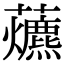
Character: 𧅃